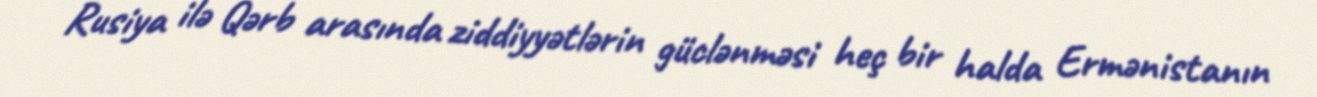
Rusiya ilə Qərb arasında ziddiyyətlərin güclənməsi heç bir halda Ermənistanın